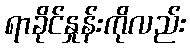
ရာခိုင်နှုန်းကိုလည်း